Civil Veterinary Dept. Bombay admin report 1923-31 - 1923-1931
Year: 1923
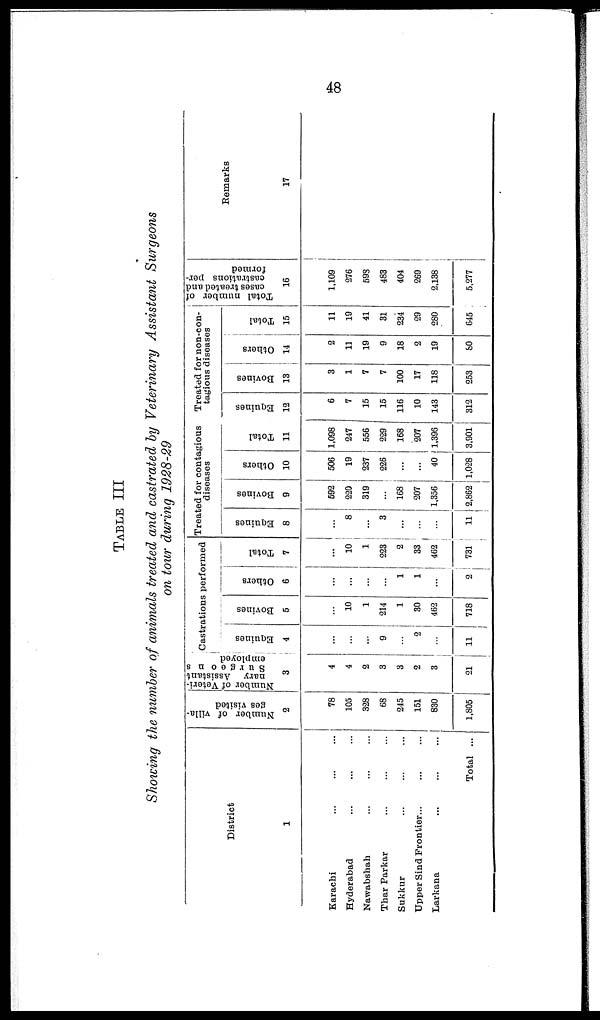
48
TABLE III
Showing the number of animals treated and castrated by Veterinary Assistant Surgeons
on tour during 1928-29
District
1
Karachi ... ... ...
Hyderabad ... ... ...
Nawabshah ... ... ...
Thar Parkar ... ... ...
Sukkur ... ... ...
Upper Sind Frontier... ... ...
Larkana ... ... ...
Total ...
Number of villa-
ges visited
2
78
105
328
68
245
151
830
1,805
Number of Veteri-
nary Assistant
Surgeons
employed
3
4
4
2
3
3
2
3
21
Castrations performed
Equines
4
...
...
...
9
...
2
...
11
Bovines
5
...
10
1
214
1
30
462
718
Others
6
...
...
...
...
1
1
...
2
Total
7
...
10
1
223
2
33
462
731
Treated for contagious
diseases
Equines
8
...
8
...
3
...
...
...
11
Bovines
9
592
220
319
...
168
207
1,356
2,862
Others
10
506
19
237
226
...
...
40
1,028
Total
11
1,098
247
556
229
168
207
1,396
3,901
Treated for non-con-
tagious diseases
Equines
12
6
7
15
15
116
10
143
312
Bovines
13
3
1
7
7
100
17
118
253
Others
14
2
11
19
9
18
2
19
80
Total
15
11
19
41
31
234
29
280
645
Total number of
cases treated and
castrations per-
formed
16
1,109
276
593
483
404
269
2,138
5,277
Remarks
17